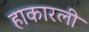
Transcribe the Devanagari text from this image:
हाकारली